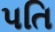
પતિ